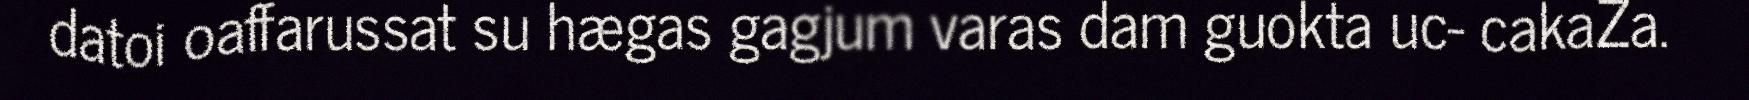
datoi oaffarussat su hægas gagjum varas dam guokta uc- cakaZa.